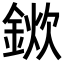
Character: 𨨢